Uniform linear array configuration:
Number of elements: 24
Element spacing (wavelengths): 1
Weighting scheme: kaiser
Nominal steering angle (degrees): -30
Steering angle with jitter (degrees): -31.875
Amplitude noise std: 0.05
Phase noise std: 0.05

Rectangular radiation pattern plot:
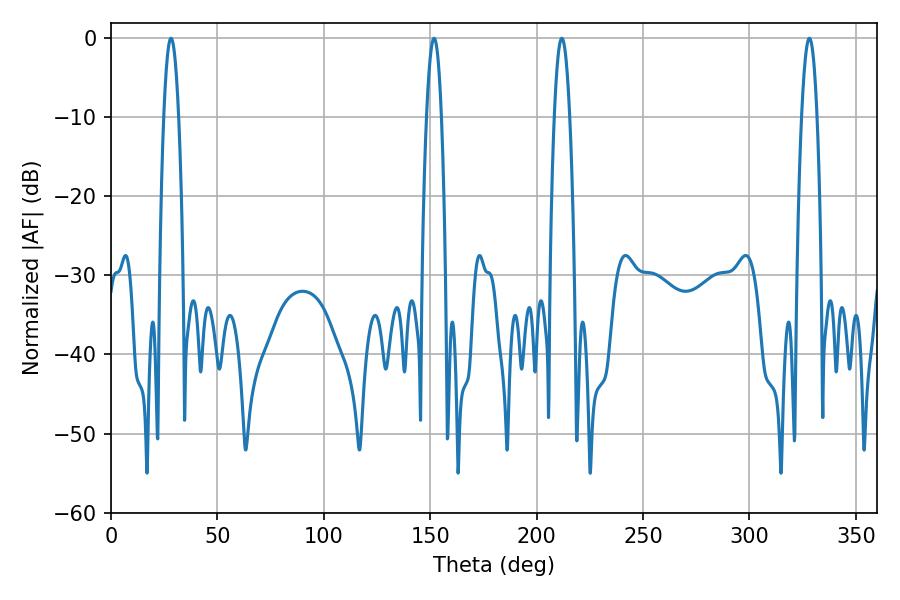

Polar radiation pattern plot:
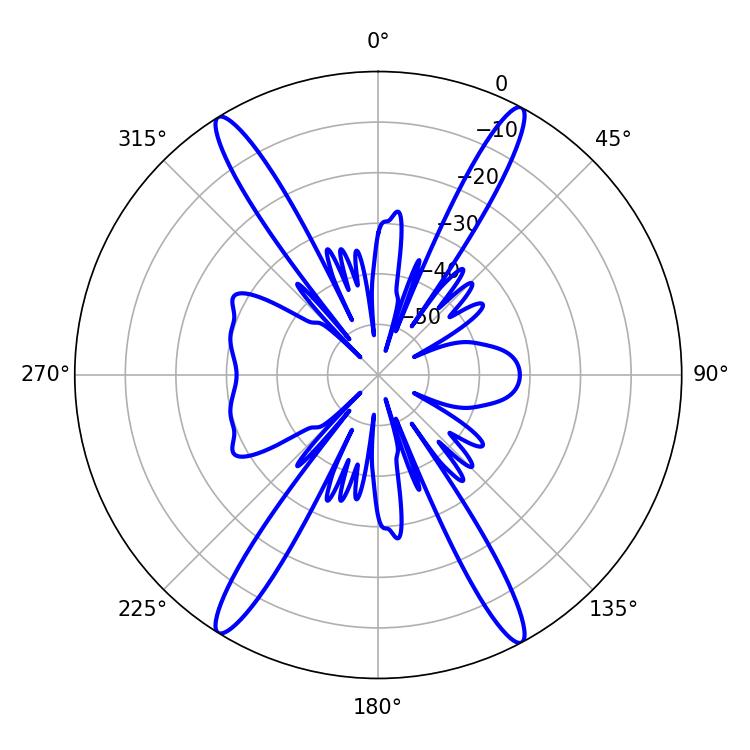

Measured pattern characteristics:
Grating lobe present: TRUE
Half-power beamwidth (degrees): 3.96
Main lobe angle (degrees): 211.86